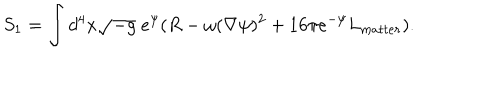
S _ { 1 } = \int d ^ { 4 } x \sqrt { - g } \; e ^ { \psi } ( R - \omega ( \nabla \psi ) ^ { 2 } + 1 6 \pi e ^ { - \psi } L _ { m a t t e r } ) .